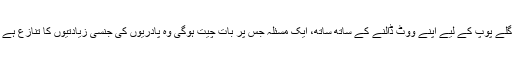
اگلے پوپ کے لیے اپنے ووٹ ڈالنے کے ساتھ ساتھ، ایک مسئلہ جس پر بات چیت ہوگی وہ پادریوں کی جنسی زیادتیوں کا تنازع ہے ۔